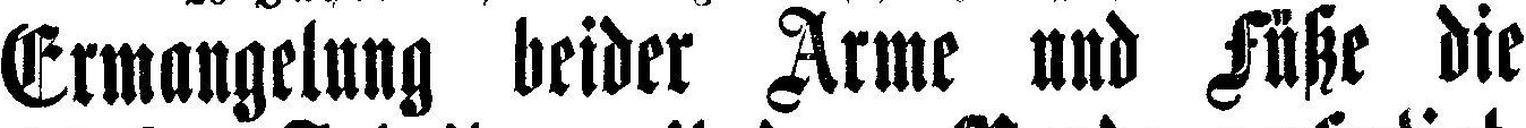
Ermangelung beider Arme und Füße die